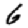
Digit: 6